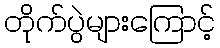
တိုက်ပွဲများကြောင့်